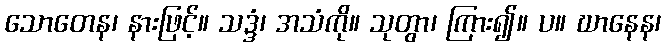
သောတေန၊ နားဖြင့်။ သဒ္ဒံ၊ အသံကို။ သုတွာ၊ ကြား၍။ ပ။ ဃာနေန၊